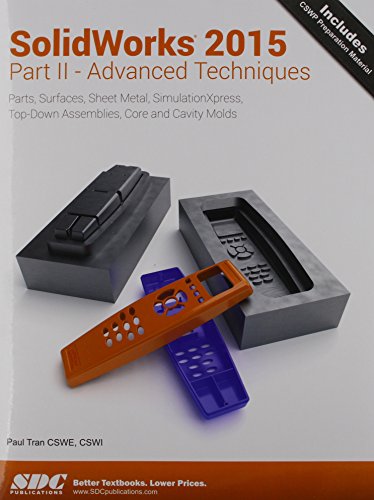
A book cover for Solidworks 2015 Part II - Advanced Techniques; Paul Tran; Computers & Technology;